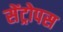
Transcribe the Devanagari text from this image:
सेंट्रोपस